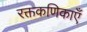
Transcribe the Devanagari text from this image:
रक्तकणिकाएँ